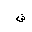
Letter: _shin